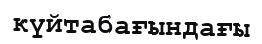
күйтабағындағы